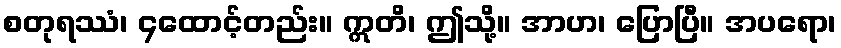
စတုရဿံ၊ ၄ထောင့်တည်း။ ဣတိ၊ ဤသို့။ အာဟ၊ ပြောပြီ။ အပရော၊